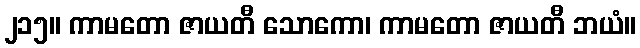
၂၁၅။ ကာမတော ဇာယတီ သောကော၊ ကာမတော ဇာယတီ ဘယံ။